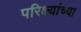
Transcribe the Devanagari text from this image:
परिक्ष्यांच्या